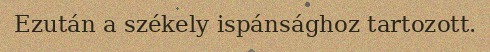
Ezután a székely ispánsághoz tartozott.